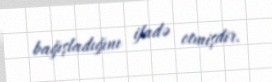
bağışladığını ifadə etmişdir.